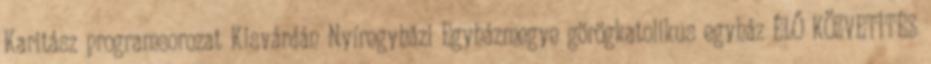
Karitász programsorozat Kisvárdán Nyíregyházi Egyházmegye görögkatolikus egyház ÉLŐ KÖZVETÍTÉS